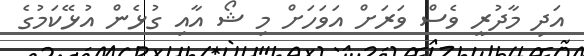
އަދި މާދުރީ ވެސް ވަރަށް އަވަހަށް މި ޝޯ އާއި ގުޅެން އުޅޭކަމުގެ